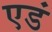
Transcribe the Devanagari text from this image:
एडं